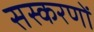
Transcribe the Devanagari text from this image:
सस्करणों